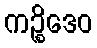
ကဉ္စိဒေဝ